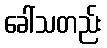
ခေါ်သတည်း